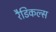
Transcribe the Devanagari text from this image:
रैडिकल्स